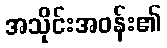
အသိုင်းအဝန်း၏